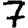
Digit: 7